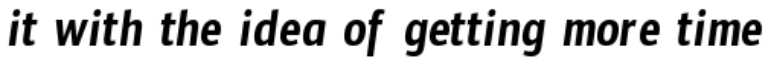
it with the idea of getting more time